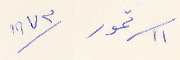
١١ تموز ١٩٧٣